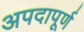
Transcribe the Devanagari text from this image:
अपदापूर्ण